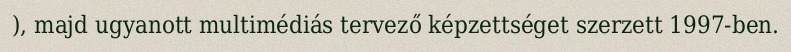
), majd ugyanott multimédiás tervező képzettséget szerzett 1997-ben.